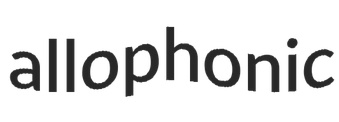
allophonic